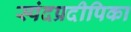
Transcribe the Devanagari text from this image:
स्पंदप्रदीपिका